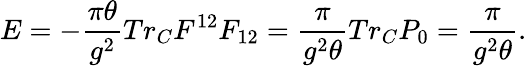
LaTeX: E=-\frac{\pi\theta}{g^{2}}Tr_{C}F^{12}F_{12}=\frac{\pi}{g^{2}\theta}Tr_{C}P_{0}=\frac{\pi}{g^{2}\theta}.